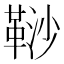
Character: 𩊮